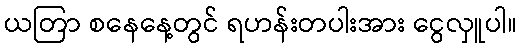
ယတြာ စနေနေ့တွင် ရဟန်းတပါးအား ငွေလှူပါ။